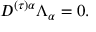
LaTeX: D ^ { ( \tau ) \alpha } \Lambda _ { \alpha } = 0 .